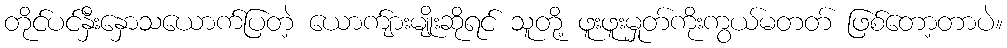
တိုင်ပင်နှီးနှောသယောက်ပြတဲ့ ယောက်ျားမျိုးဆိုရင် သူတို့ ဖူးဖူးမှုတ်ကိုးကွယ်မတတ် ဖြစ်တော့တာပဲ။